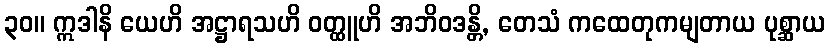
၃၀။ ဣဒါနိ ယေဟိ အဋ္ဌာရသဟိ ဝတ္ထူဟိ အဘိဝဒန္တိ, တေသံ ကထေတုကမျတာယ ပုစ္ဆာယ